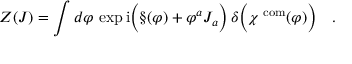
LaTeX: Z ( J ) = \int d \varphi \, \exp \mathrm { i } \Bigl ( \S ( \varphi ) + \varphi ^ { a } J _ { a } \Bigr ) \, \delta \Bigl ( \chi ^ { \mathrm { \scriptsize ~ c o m } } ( \varphi ) \Bigr ) \quad .